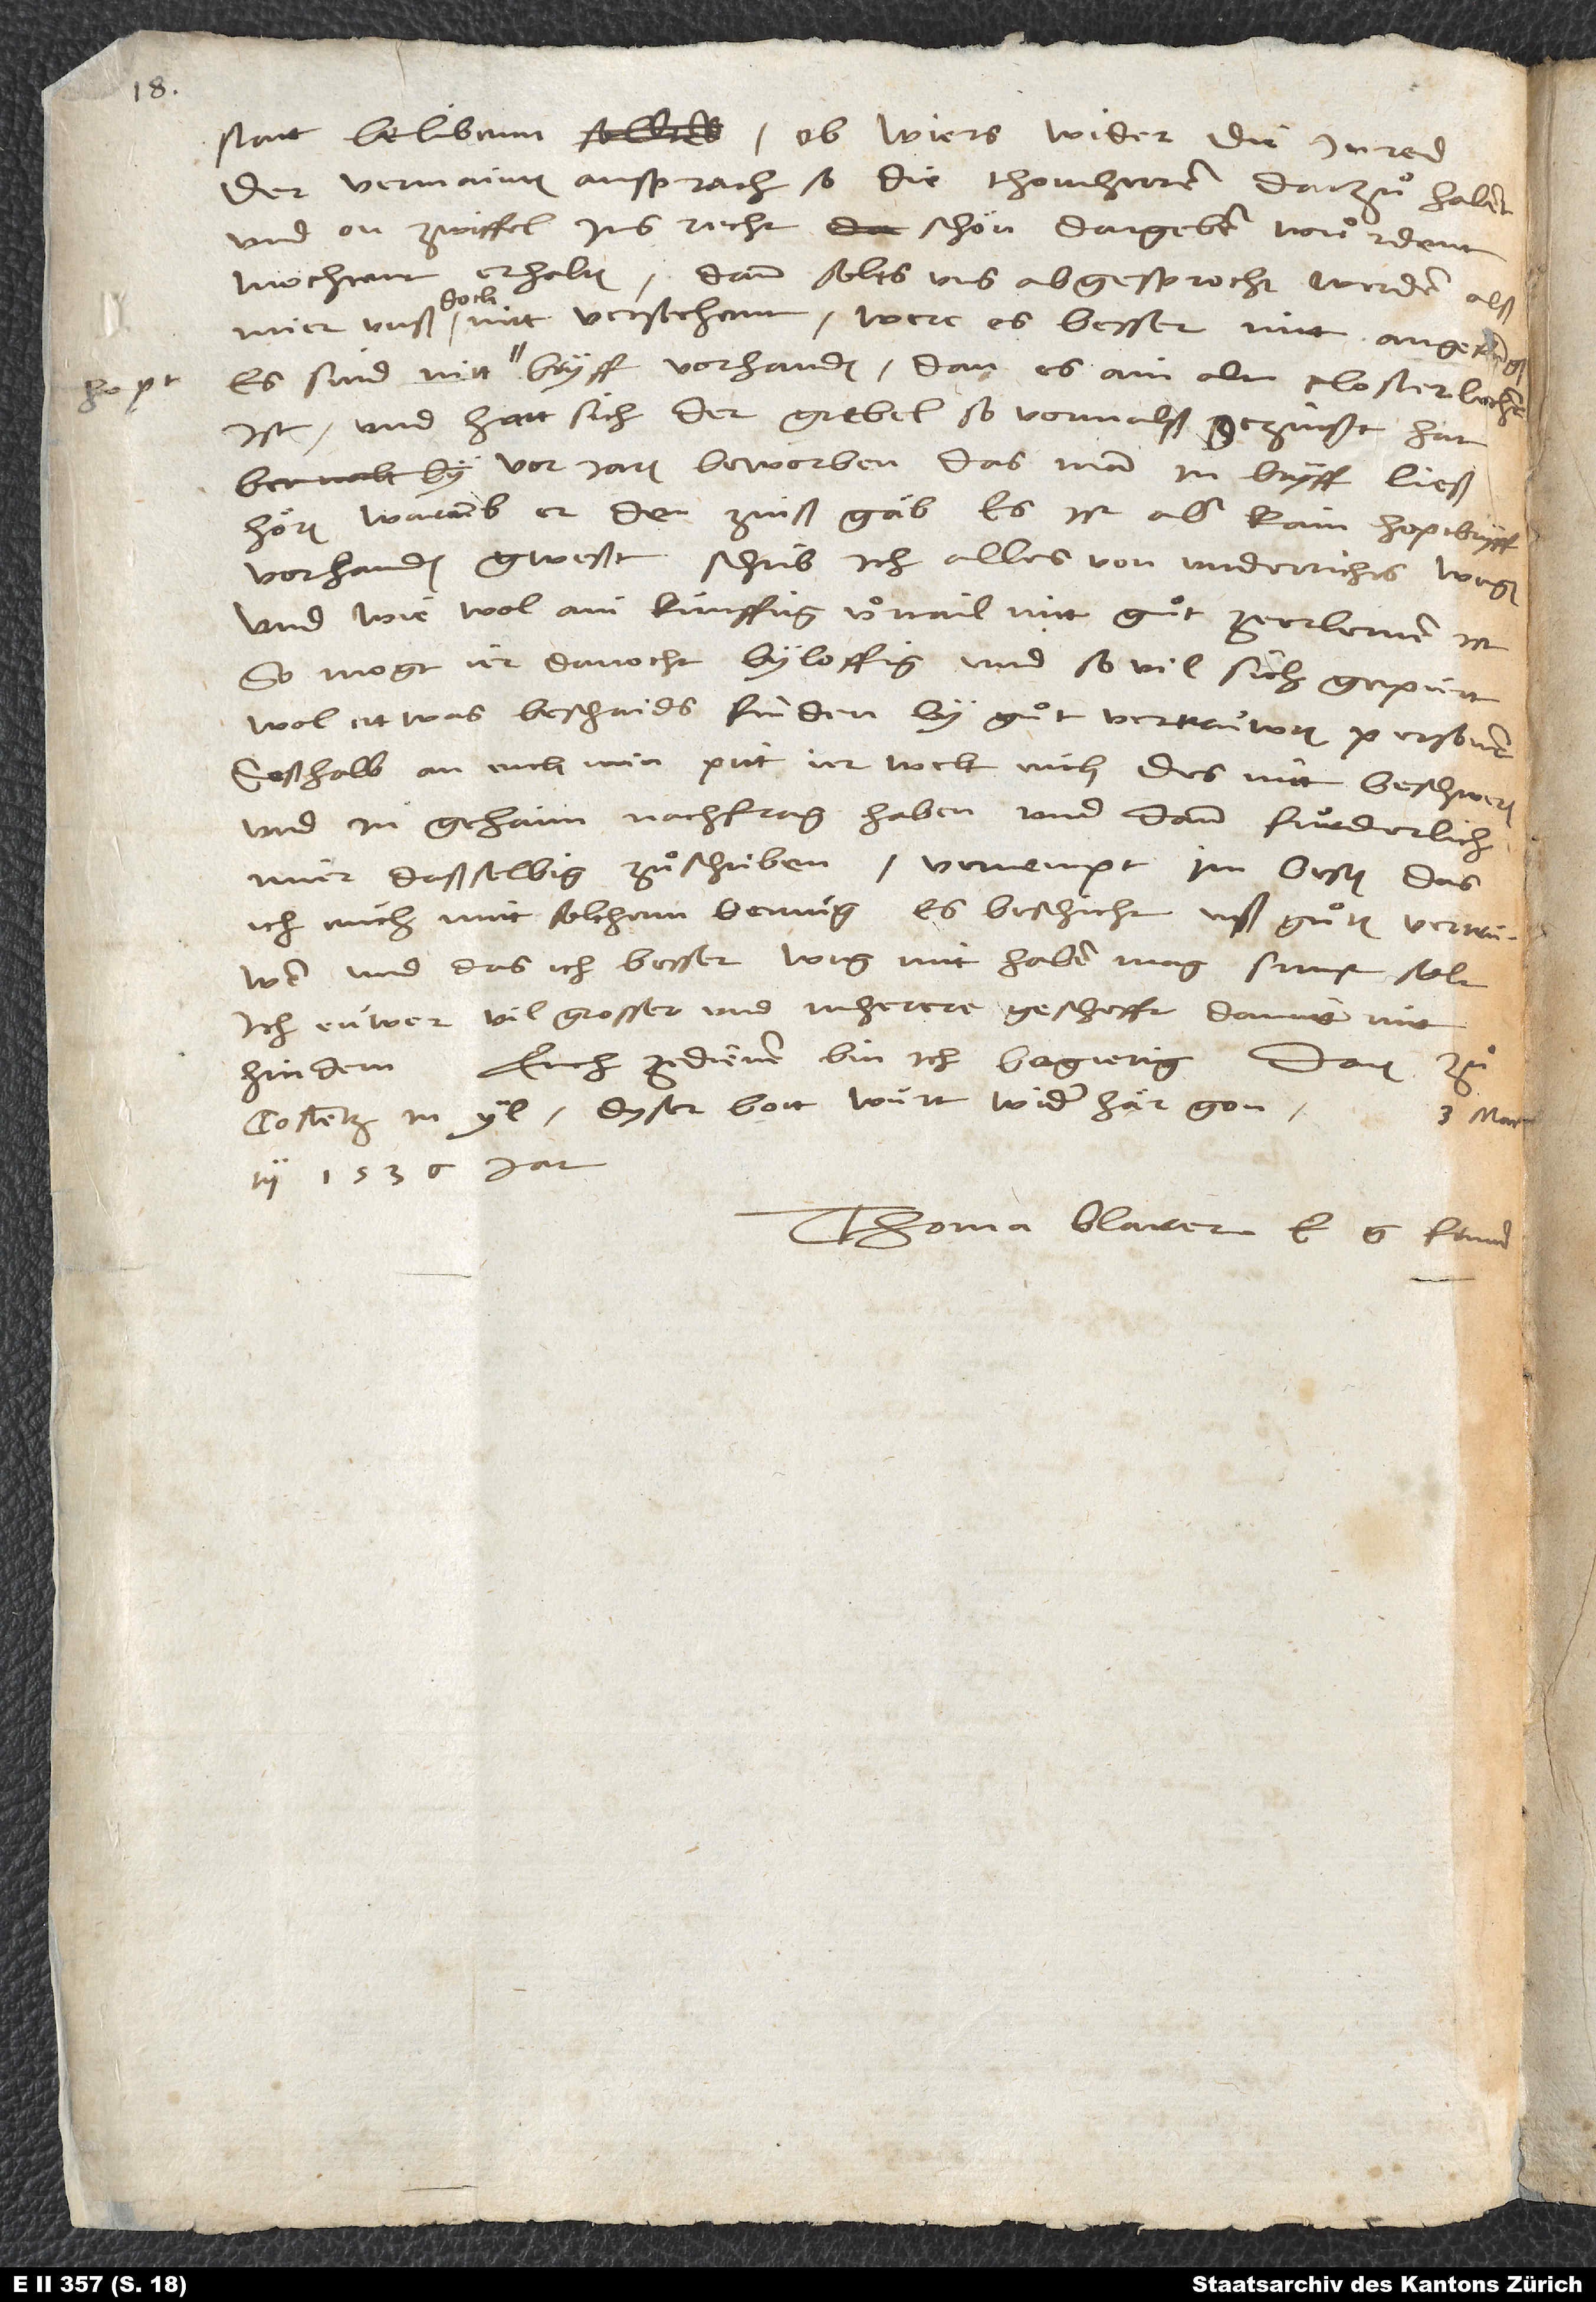
statt belibenn, ob wiers wider die inred
der vermainten ansprach, so die thomherren darzuͦ habent
und on zwiffel ins recht schön dargeben wuͦrdent,
mochtent erhalten. Dann solts uns abgesprochen werden, alß
Es sind nitt hopt bryff vorhanden; dan es ain alt closterlechen
ist, und hatt sich der Grebel, so vormals gezinsst hat,
vor jaren beworben, das man in bryff ließ
hören, warumb er den zinß gäb. Es ist aber kein hoptbryff
vorhanden gwesst. Schrib ich alles von underrichts wegen,
und wie wol ain kunfftig uͦrtail nitt guͦt ze erlernen ist,
so mogt ir danocht byloffig und so vil sich gepürt
wol etwas beschaids finden by guͦt vertruwten personen.
Desshalb an euch min pitt, ier welt euch des nitt beschweren
und in gehaim nachfrag haben und dann furderlich
mier dasselbig zuͦschriben. Vernempt im besten, das
ich euch mitt solchem bemug, es beschicht uß guͦtem vertruwen,
und das ich besser weg nitt haben mag. Sunst solt
ich euwer vil grosser und mherere geschefft damitt
hindern. Euch ze dienen, bin ich begierig. Datum zuͦ
Costentz in yl - dyser bott wurt wider här gon
3. martii
1536. jar.
Thoma Blarer, e fründ.